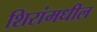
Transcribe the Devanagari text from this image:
शिरांमधील